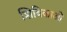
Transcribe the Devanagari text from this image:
शिबिकाओं